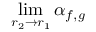
\operatorname* { l i m } _ { r _ { 2 } \to r _ { 1 } } \alpha _ { f , g }